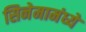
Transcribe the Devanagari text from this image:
सिनेमामंध्ये